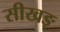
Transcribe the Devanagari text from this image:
सीखङ्